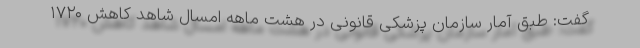
گفت: طبق آمار سازمان پزشکی قانونی در هشت ماهه امسال شاهد کاهش ۱۷۲۰